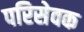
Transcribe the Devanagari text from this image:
परिसेवक